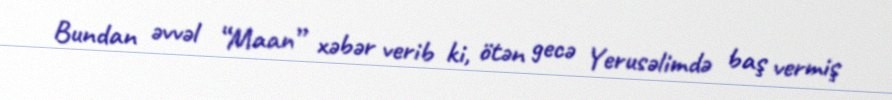
Bundan əvvəl “Maan” xəbər verib ki, ötən gecə Yerusəlimdə baş vermiş